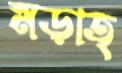
মড়াত্